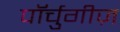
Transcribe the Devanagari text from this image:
पॉर्चुगीज़